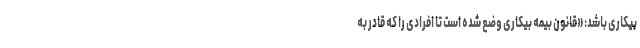
بیکاری باشد: «قانون بیمه بیکاری وضع شده است تا افرادی را که قادر به